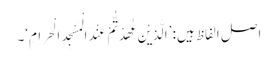
اصل الفاظ ہیں: ’الَّذِیْنَ عٰھَدْتُّمْ عِنْدَ الْمَسْجِدِ الْحَرَامِ‘۔